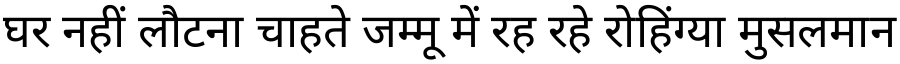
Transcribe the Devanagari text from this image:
घर नहीं लौटना चाहते जम्मू में रह रहे रोहिंग्या मुसलमान